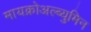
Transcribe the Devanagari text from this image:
मायक्रोअल्ब्युमिन